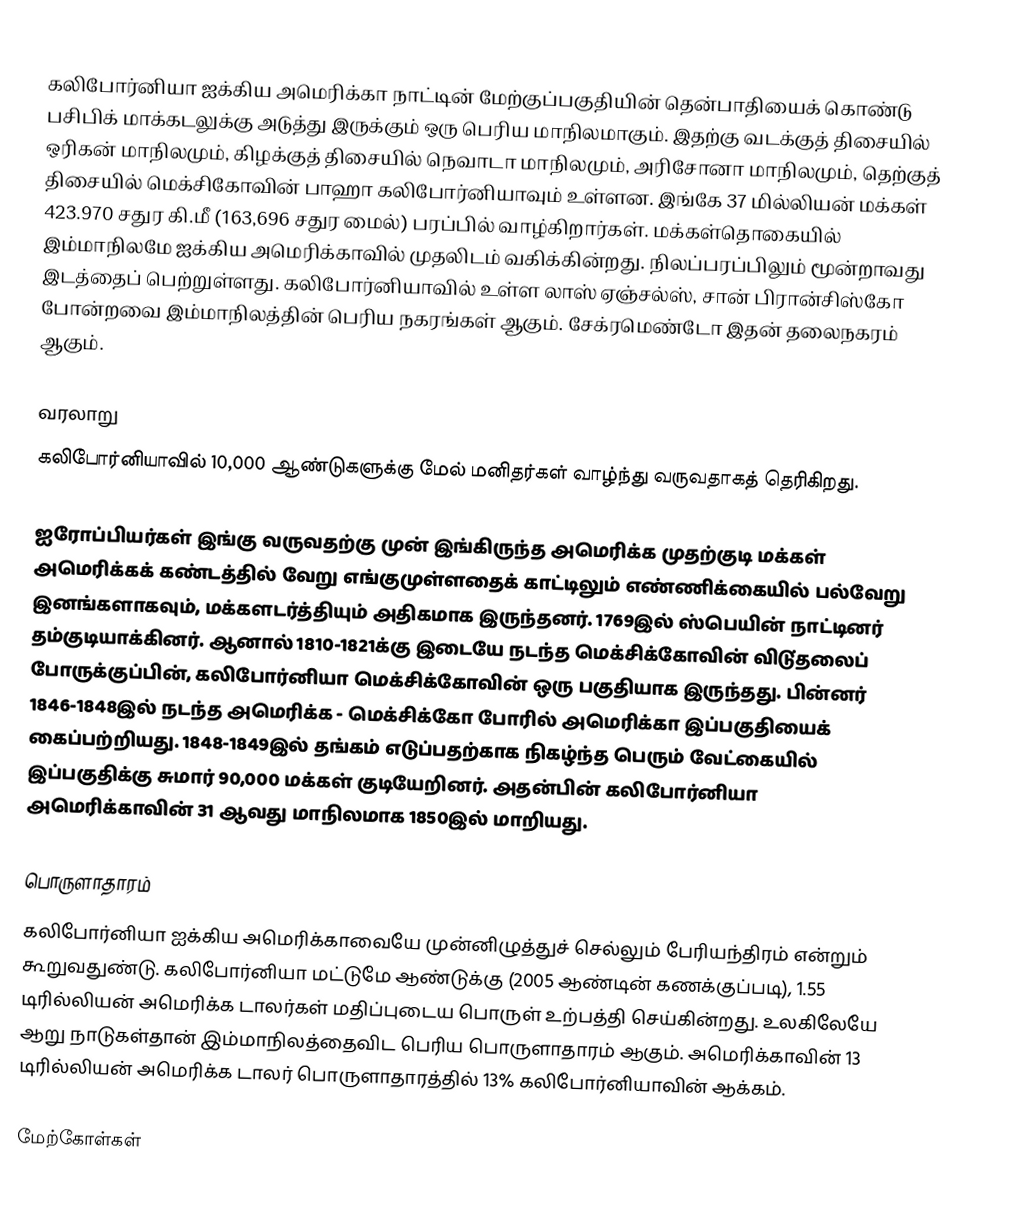
கலிபோர்னியா ஐக்கிய அமெரிக்கா நாட்டின் மேற்குப்பகுதியின் தென்பாதியைக் கொண்டு பசிபிக் மாக்கடலுக்கு அடுத்து இருக்கும் ஒரு பெரிய மாநிலமாகும். இதற்கு வடக்குத் திசையில் ஒரிகன் மாநிலமும், கிழக்குத் திசையில் நெவாடா மாநிலமும், அரிசோனா மாநிலமும், தெற்குத் திசையில் மெக்சிகோவின் பாஹா கலிபோர்னியாவும் உள்ளன. இங்கே 37 மில்லியன் மக்கள் 423.970 சதுர கி.மீ (163,696 சதுர மைல்) பரப்பில் வாழ்கிறார்கள். மக்கள்தொகையில் இம்மாநிலமே ஐக்கிய அமெரிக்காவில் முதலிடம் வகிக்கின்றது. நிலப்பரப்பிலும் மூன்றாவது இடத்தைப் பெற்றுள்ளது. கலிபோர்னியாவில் உள்ள லாஸ் ஏஞ்சல்ஸ், சான் பிரான்சிஸ்கோ போன்றவை இம்மாநிலத்தின் பெரிய நகரங்கள் ஆகும். சேக்ரமெண்டோ இதன் தலைநகரம் ஆகும்.

வரலாறு
கலிபோர்னியாவில் 10,000 ஆண்டுகளுக்கு மேல் மனிதர்கள் வாழ்ந்து வருவதாகத் தெரிகிறது.

ஐரோப்பியர்கள் இங்கு வருவதற்கு முன் இங்கிருந்த அமெரிக்க முதற்குடி மக்கள் அமெரிக்கக் கண்டத்தில் வேறு எங்குமுள்ளதைக் காட்டிலும் எண்ணிக்கையில் பல்வேறு இனங்களாகவும், மக்களடர்த்தியும் அதிகமாக இருந்தனர். 1769இல் ஸ்பெயின் நாட்டினர் தம்குடியாக்கினர். ஆனால் 1810-1821க்கு இடையே நடந்த மெக்சிக்கோவின் விடு்தலைப் போருக்குப்பின், கலிபோர்னியா மெக்சிக்கோவின் ஒரு பகுதியாக இருந்தது. பின்னர் 1846-1848இல் நடந்த அமெரிக்க - மெக்சிக்கோ போரில் அமெரிக்கா இப்பகுதியைக் கைப்பற்றியது. 1848-1849இல் தங்கம் எடுப்பதற்காக நிகழ்ந்த பெரும் வேட்கையில் இப்பகுதிக்கு சுமார் 90,000 மக்கள் குடியேறினர். அதன்பின் கலிபோர்னியா அமெரிக்காவின் 31 ஆவது மாநிலமாக 1850இல் மாறியது.

பொருளாதாரம்
கலிபோர்னியா ஐக்கிய அமெரிக்காவையே முன்னிழுத்துச் செல்லும் பேரியந்திரம் என்றும் கூறுவதுண்டு. கலிபோர்னியா மட்டுமே ஆண்டுக்கு (2005 ஆண்டின் கணக்குப்படி), 1.55 டிரில்லியன் அமெரிக்க டாலர்கள் மதிப்புடைய பொருள் உற்பத்தி செய்கின்றது. உலகிலேயே ஆறு நாடுகள்தான் இம்மாநிலத்தைவிட பெரிய பொருளாதாரம் ஆகும். அமெரிக்காவின் 13 டிரில்லியன் அமெரிக்க டாலர் பொருளாதாரத்தில் 13% கலிபோர்னியாவின் ஆக்கம்.

மேற்கோள்கள்